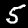
Digit: 5